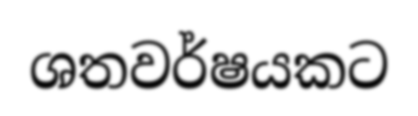
ශතවර්ෂයකට